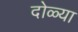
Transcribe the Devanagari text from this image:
दोळ्या